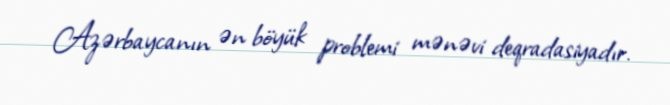
Azərbaycanın ən böyük problemi mənəvi deqradasiyadır.